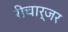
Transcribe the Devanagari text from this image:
रीचार्जर